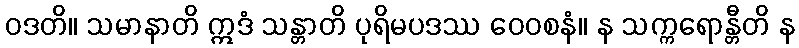
ဝဒတိ။ သမာနာတိ ဣဒံ သန္တာတိ ပုရိမပဒဿ ဝေဝစနံ။ န သက္ကရောန္တီတိ န